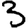
Digit: 3